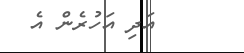
އަދި އަހުރެން އެ